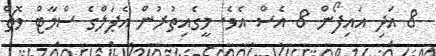
8 އަދި އައިފޯން 8 އެސް އެވެ. މީގެއިތުރުން އެޕަލްގެ ސްމާޓް ވޮޗް